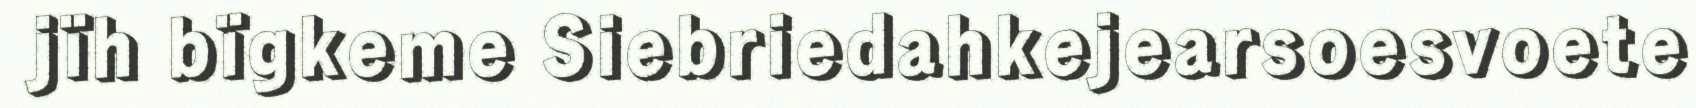
jïh bïgkeme Siebriedahkejearsoesvoete